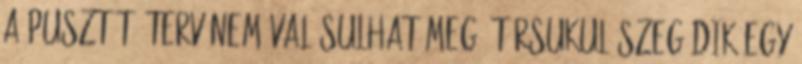
a pusztító terv nem valósulhat meg. Társukul szegődik egy